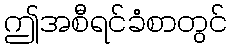
ဤအစီရင်ခံစာတွင်